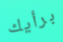
برأيك